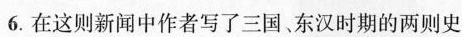
6. 在这则新闻中作者写了三国、东汉时期的两则史